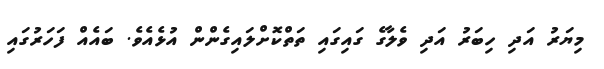
މިޔަރު އަދި ހިބަރު އަދި ވެލާގެ ގައިގައި ތަތްކޮށްލައިގެންން އުޅެއެވެ. ބައެއް ފަހަރުގައި